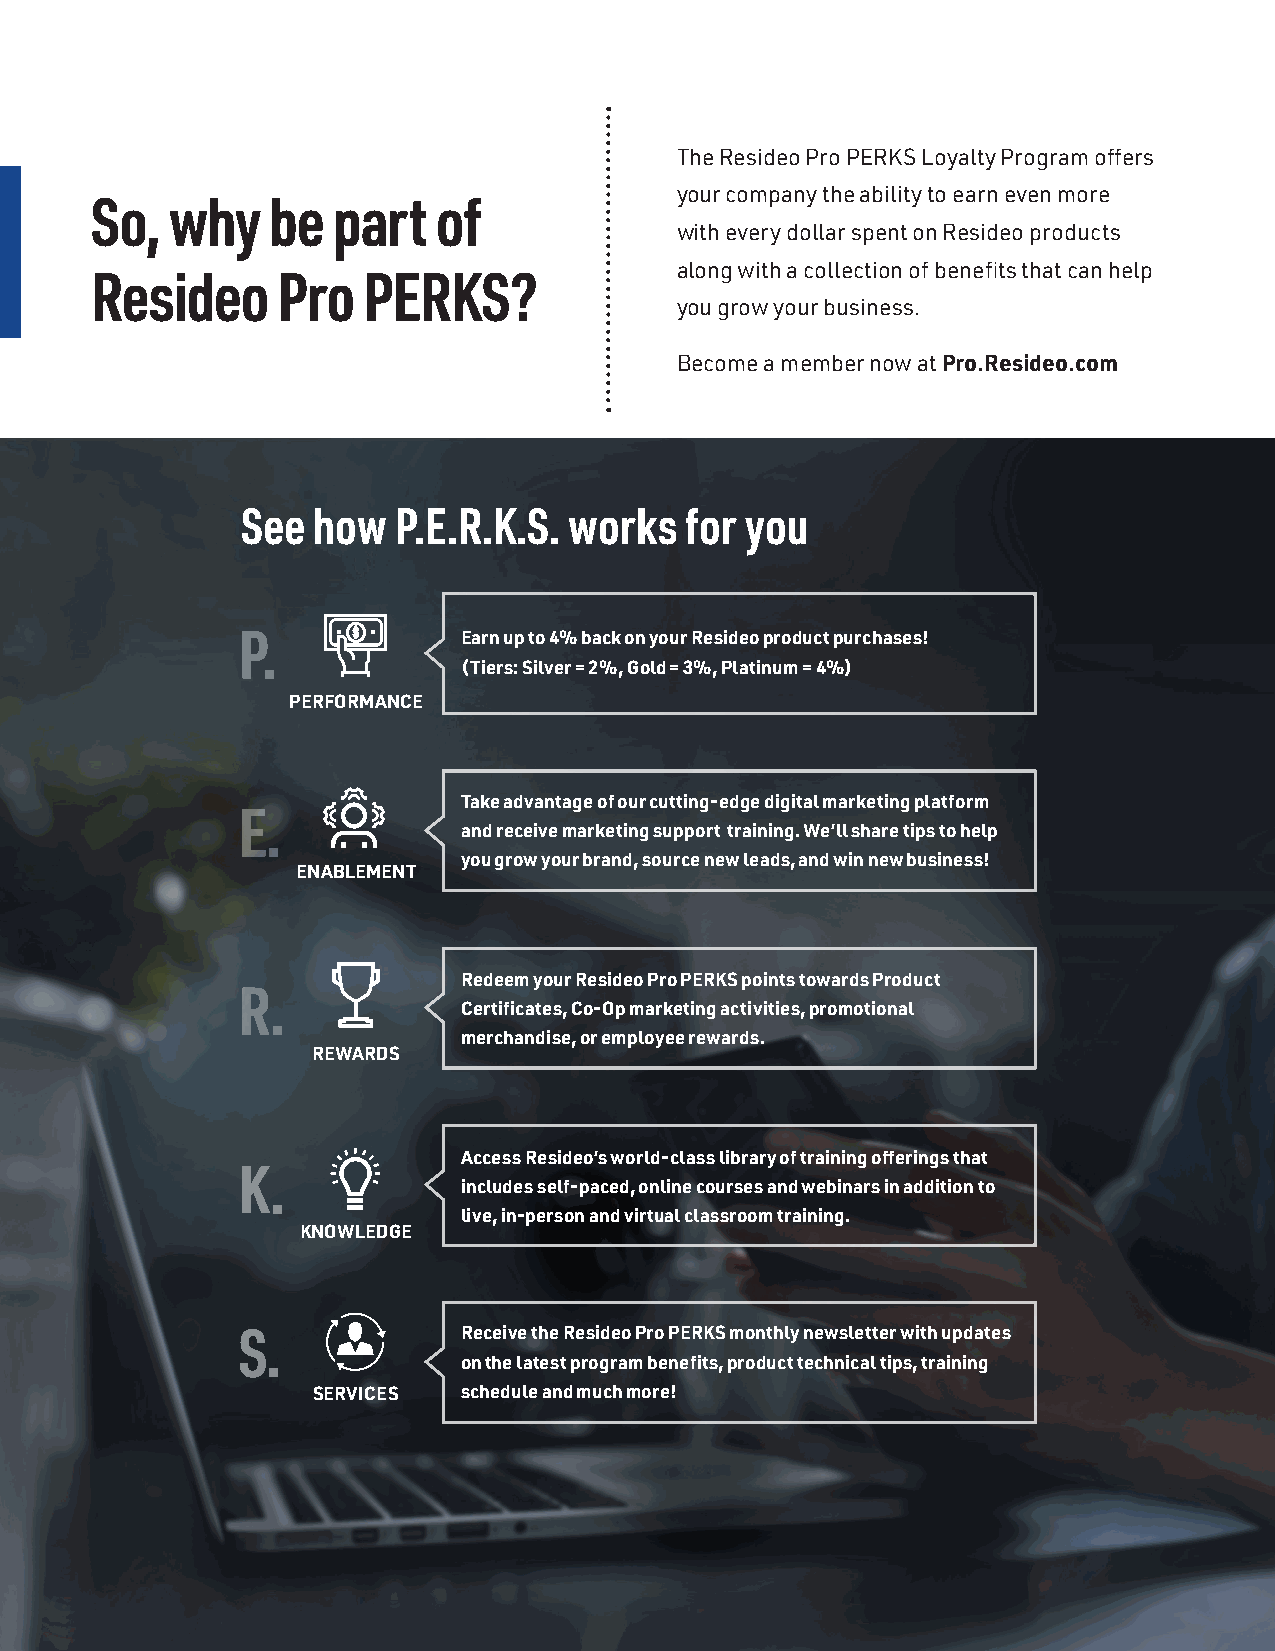
The Resideo Pro PERKS Loyalty Program offers
 your company the ability to earn even more
 So,  why    be  part   of
 with every dollar spent on Resideo products
 along with a collection of benefits that can help
 Resideo     Pro   PERKS?
 you grow your business.
 Become a member now at Pro.Resideo.com
 See  how  P.E.R.K.S.  works  for you
 P.             Earn up to 4% back on your Resideo product purchases!
 (Tiers: Silver = 2%, Gold = 3%, Platinum = 4%)
 PERFORMANCE
 Take advantage of our cutting-edge digital marketing platform
 E.
 and receive marketing support training. We’ll share tips to help
 you grow your brand, source new leads, and win new business!
 ENABLEMENT
 Redeem your Resideo Pro PERKS points towards Product
 R.
 Certificates, Co-Op marketing activities, promotional
 merchandise, or employee rewards.
 REWARDS
 Access Resideo’s world-class library of training offerings that
 K.
 includes self-paced, online courses and webinars in addition to
 live, in-person and virtual classroom training.
 KNOWLEDGE
 S.             Receive the Resideo Pro PERKS monthly newsletter with updates
 on the latest program benefits, product technical tips, training
 SERVICES  schedule and much more!